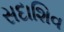
સદાશિવ